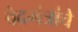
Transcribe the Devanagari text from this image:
वेदमंत्रांचे